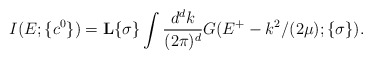
\begin{align*}I(E;\{c^0\})={\bf L}{\{\sigma\}} \int \displaystyle\frac{d^d k}{(2\pi)^d}G(E^{+}-k^2/(2\mu);\{\sigma\}).\end{align*}